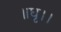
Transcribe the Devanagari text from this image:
॥धृ।।